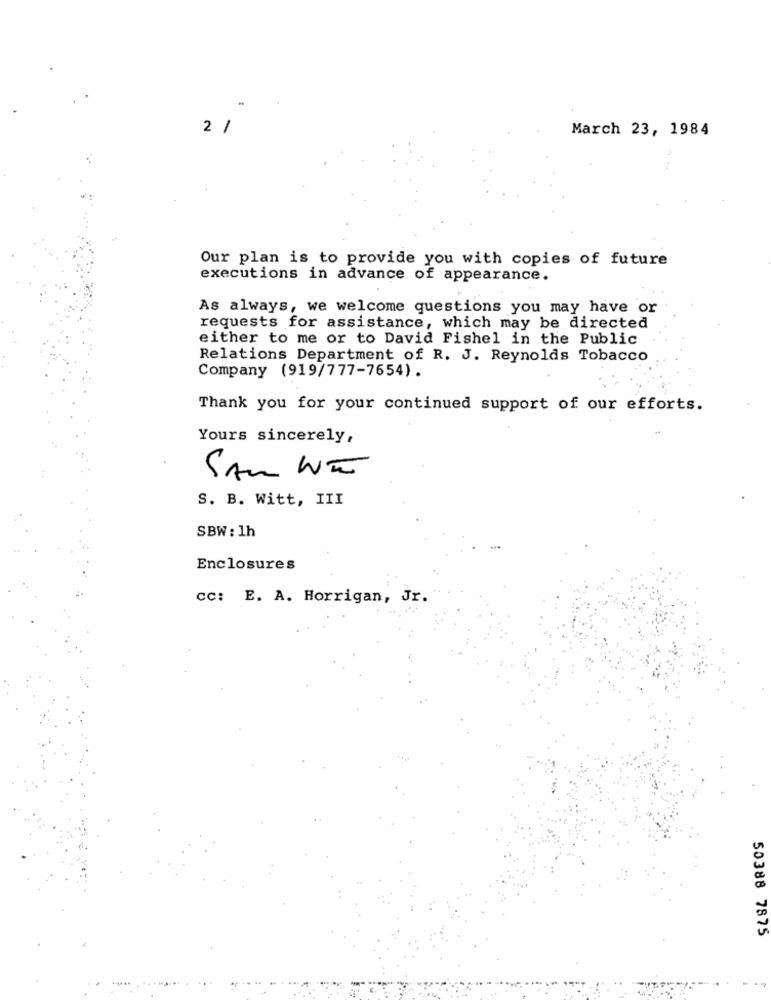
2 /
March 23, 1984
Our plan is to provide you with copies of future
executions in advance of appearance.
As always, we welcome questions you may have or
requests for assistance, which may be directed
either to me or to David Fishel in the Public
Relations Department of R. J. Reynolds Tobacco
Company (919/777-7654).
Thank you for your continued support of our efforts.
Yours sincerely,
SAM NI
S. B. Witt, III
SBW : 1h
Enclosures
cc: E. A. Horrigan, Jr.
50388 7875